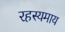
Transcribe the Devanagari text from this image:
रहस्यमाय